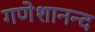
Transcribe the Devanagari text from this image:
गणेशानन्द